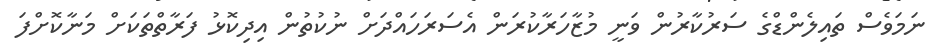
ނަމަވެސް ތައިލެންޑްގެ ސަރުކާރުން ވަނީ މުޒާހަރާކުރަން އެސަރަހައްދަށް ނުކުތުން އިދިކޮޅު ފަރާތްތަކަށް މަނާކޮށްފަ